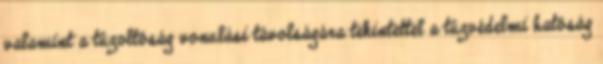
valamint a tûzoltóság vonulási távolságára tekintettel a tûzvédelmi hatóság